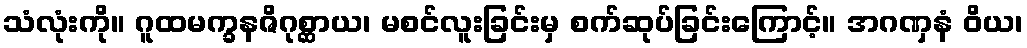
သံလုံးကို။ ဂူထမက္ခနဇိဂုစ္ဆာယ၊ မစင်လူးခြင်းမှ စက်ဆုပ်ခြင်းကြောင့်။ အဂဏှနံ ဝိယ၊